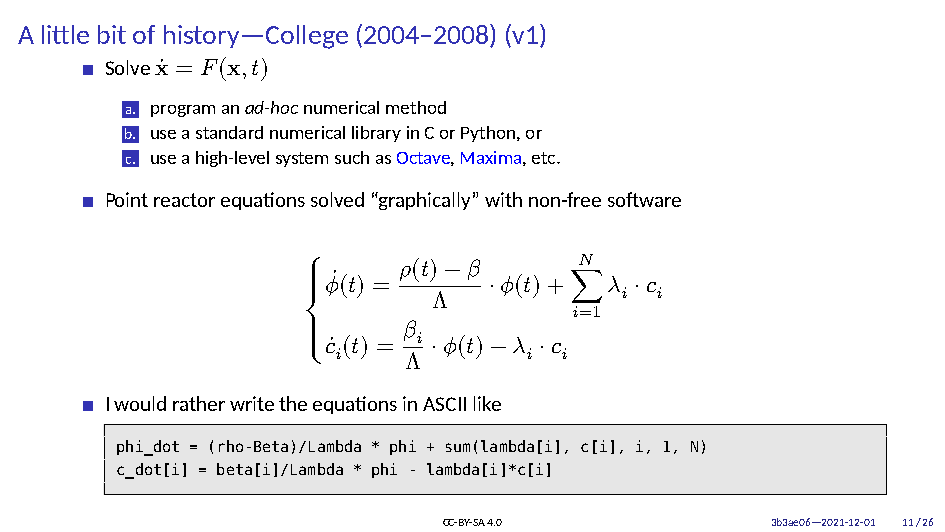
A little bit of history—College (2004–2008) (v1)
 Solveẋ = 𝐹(x,𝑡)
 a. programanad-hocnumericalmethod
 b. useastandardnumericallibraryinCorPython,or
 c. useahigh-levelsystemsuchasOctave,Maxima,etc.
 Pointreactorequationssolved“graphically”withnon-freesoftware
 ⎧     𝜌(𝑡)−𝛽      𝑁
 { {𝜙(̇ 𝑡) = ⋅𝜙(𝑡)+∑𝜆  ⋅𝑐
 Λ           𝑖 𝑖
 ⎨                 𝑖=1
 {      𝛽
 {𝑐̇(𝑡) = 𝑖 ⋅𝜙(𝑡)−𝜆 ⋅𝑐
 ⎩ 𝑖    Λ       𝑖 𝑖
 IwouldratherwritetheequationsinASCIIlike
 phi_dot = (rho-Beta)/Lambda * phi + sum(lambda[i], c[i], i, 1, N)
 c_dot[i] = beta[i]/Lambda * phi - lambda[i]*c[i]
 CC-BY-SA4.0           3b3ae06—2021-12-01 11/26